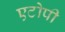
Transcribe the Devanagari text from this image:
एटोपी